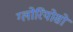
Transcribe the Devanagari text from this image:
ग्लोरियोसो